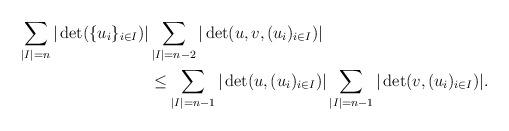
LaTeX: \begin{align*}\sum_{|I|=n}|\det(\{u_i\}_{i\in I})| &\sum_{|I|=n-2}|\det(u,v,(u_i)_{i\in I})|\\& \le \sum_{|I|=n-1}|\det(u,(u_i)_{i\in I})|\sum_{|I|=n-1}|\det(v,(u_i)_{i\in I})|.\end{align*}